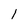
Character: l